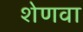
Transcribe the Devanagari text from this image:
शेणवा